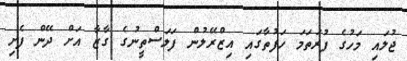
ޖުލައި މަހުގެ ފުރަތަމަ ހަފުތާގައި އިޒްރޭލުން ފަލަސްތީނުގެ ގާޒާ އަށް ދޭން ފެށި